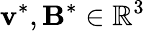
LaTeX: \mathbf{v}^{*},\mathbf{B}^{*}\in\mathbb{R}^{3}